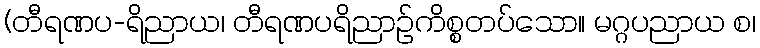
(တီရဏပ-ရိညာယ၊ တီရဏပရိညာဉ်ကိစ္စတပ်သော။ မဂ္ဂပညာယ စ၊